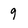
Character: 9